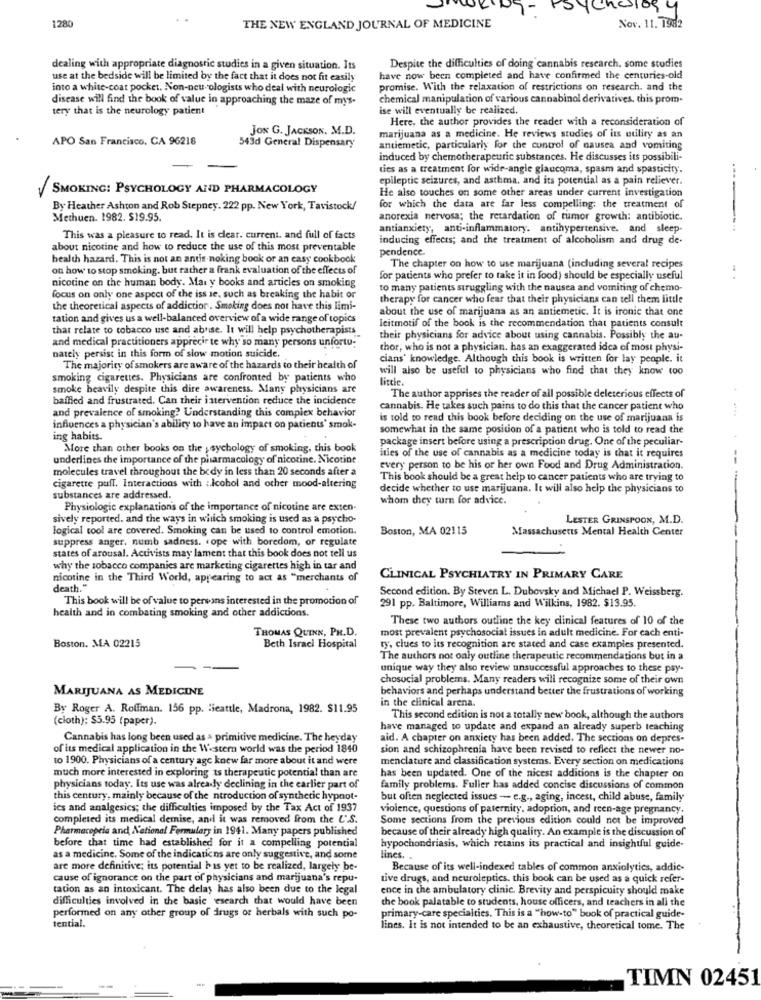
7-
1280
THE NEW ENGLAND JOURNAL OF MEDICINE
Nov. 11. 1982
dealing with appropriate diagnostic studies in a given situation. Its
Despite the difficulties of doing cannabis research, some studies
use at the bedside will be limited by the fact that it does not fit easily
have now been completed and have confirmed the centuries-old
into a white-coat pocket. Non-neu-ologists who deal with neurologic
promise. With the relaxation of restrictions on research, and the
disease will find the book of value in approaching the maze of mys-
chemical manipulation of various cannabinol derivatives. this prom-
tery that is the neurology patient
ise will eventually be realized.
Here, the author provides the reader with a reconsideration of
JON G. JACKSON. M.D.
APO San Francisco, CA 96218
marijuana as a medicine. He reviews studies of its utility as an
543d General Dispensary
antiemetic, particularly for the control of nausea and vomiting
induced by chemotherapeutic substances. He discusses its possibili-
ties as a treatment for wide-angle glaucoma, spasm and spasticity.
epileptic seizures, and asthma, and its potential as a pain reliever.
SMOKING: PSYCHOLOGY AND PHARMACOLOGY
He also touches on some other areas under current investigation
By Heather Ashton and Rob Stepney. 222 pp. New York, Tavistock/
for which the data are far less compelling: the treatment of
Methuen. 1982. $19.95.
anorexia nervosa; the retardation of tumor growth: antibiotic.
antianxiety, anti-inflammatory. antihypertensive. and sleep-
------.
This was a pleasure to read. It is clear. current. and full of facts
inducing effects; and the treatment of alcoholism and drug de-
about nicotine and how to reduce the use of this most preventable
pendence.
health hazard. This is not an antis noking book or an easy cookbook
on how to stop smoking. but rather a frank evaluation of the effects of
The chapter on how to use marijuana (including several recipes
for patients who prefer to take it in food) should be especially useful
- .
nicotine on the human body. Mai y books and articles on smoking
to many patients struggling with the nausea and vomiting of chemo-
focus on only one aspect of the iss se, such as breaking the habit or
therapy for cancer who fear that their physicians can tell them little
the theoretical aspects of addiction. Smoking does not have this limi-
about the use of marijuana as an antiemetic. It is ironic that one
tation and gives us a well-balanced overview of a wide range of topics
that relate to tobacco use and abrise. It will help psychotherapists
Icitmotif of the book is the recommendation that patients consult
and medical practitioners apprecir te why so many persons unfortu;
their physicians for advice about using cannabis. Possibly the au-
thor, who is not a physician. has an exaggerated idea of most physi-
nately persist in this form of slow motion suicide.
cians' knowledge. Although this book is written for lay people. it
The majority of smokers are aware of the hazards to their health of
will also be useful to physicians who find that they know too
smoking cigarettes. Physicians are confronted by patients who
smoke heavily despite this dire awareness. Many physicians are
baffled and frustrated. Can their intervention reduce the incidence
The author apprises the reader of all possible deleterious effects of
and prevalence of smoking? Understanding this complex behavior
cannabis. He takes such pains to do this that the cancer patient who
is told to read this book before deciding on the use of marijuana is
influences a physician's ability to have an impact on patients' smok-
somewhat in the same position of a patient who is told to read the
ing habits.
package insert before using a prescription drug. One of the peculiar-
More than other books on the , sychology of smoking, this book
ities of the use of cannabis as a medicine today is that it requires
underlines the importance of the pisarmacology of nicotine. Nicotine
molecules travel throughout the body in less than 20 seconds after a
every person to be his or her own Food and Drug Administration.
This book should be a great help to cancer patients who are trying to
cigarette puff. Interactions with :. Icohol and other mood-altering
decide whether to use marijuana. It will also help the physicians to
substances are addressed.
whom they turn for advice.
Physiologic explanations of the importance of nicotine are exten.
sively reported. and the ways in which smoking is used as a psycho-
LESTER GRINSPOON, M.D.
logical tool are covered. Smoking can be used to control emotion.
Boston, MA 02115
Massachusetts Mental Health Center
suppress anger. numb sadness. cope with boredom, or regulate
states of arousal. Activists may lament that this book does not tell us
why the tobacco companies are marketing cigarettes high in tar and
nicotine in the Third World, appearing to act as "merchants of
CLINICAL PSYCHIATRY IN PRIMARY CARE
death."
Second edition. By Steven L. Dubovsky and Michael P. Weissberg.
This book will be of value to persans interested in the promotion of
health and in combating smoking and other addictions.
291 pp. Baltimore, Williams and Wilkins, 1982. $13.95.
These two authors outline the key clinical features of 10 of the
THOMAS QUINN, PH.D.
most prevalent psychosocial issues in adult medicine. For cach enti-
Boston. MA 02215
Beth Israel Hospital
ry, clues to its recognition are stated and case examples presented.
The authors not only outline therapeutic recommendations but in a
unique way they also review unsuccessful approaches to these psy-
chosocial problems. Many readers will recognize some of their own
MARIJUANA AS MEDICINE
behaviors and perhaps understand better the frustrations of working
By Roger A. Rolfman. 156 pp. "jeattle, Madrona, 1982. $11.95
in the clinical arena.
(cloth); $5.95 (paper).
This second edition is not a totally new book, although the authors
have managed to update and expand an already superb teaching
Cannabis has long been used as a primitive medicine. The heyday
aid. A chapter on anxiety has been added. The sections on depres-
of its medical application in the Western world was the period 1840
sion and schizophrenia have been revised to reflect the newer no-
to 1900. Physicians of a century age knew far more about it and were
menclature and classification systems. Every section on medications
much more interested in exploring ts therapeutic potential than are
has been updated. One of the nicest additions is the chapter on
physicians today. Its use was already declining in the earlier part of
family problems. Fuller has added concise discussions of common
this century, mainly because of the ntroduction of synthetic hypnot-
but often neglected issues - e.g ., aging, incest, child abuse, family
ies and analgesics; the difficulties imposed by the Tax Act of 1937
violence, questions of paternity, adoption, and reen-age pregnancy.
completed its medical demise, and it was removed from the U.S.
Some sections from the previous edition could not be improved
Pharmacopeis and Netional Formulary in 1941. Many papers published
because of their already high quality. An example is the discussion of
before that time had established for it a compelling potential
hypochondriasis, which retains its practical and insightful guide-
as a medicine. Some of the indicaticns are only suggestive, and some
lines. .
are more definitive; its potential h is yet to be realized, largely be-
Because of its well-indexed tables of common anxiolyties, addie-
cause of ignorance on the part of physicians and marijuana's repu-
tive drugs, and neuroleptics. this book can be used as a quick refer-
tation as an intoxicant. The delay has also been due to the legal
ence in the ambulatory clinic. Brevity and perspicuity should make
difficulties involved in the basic esearch that would have been
the book palatable to students, house officers, and teachers in all the
performed on any other group of drugs or herbals with such po-
primary-care specialties. This is a "how-to" book of practical guide-
tential.
lines. It is not intended to be an exhaustive, theoretical tome. The
TIMN 02451